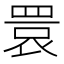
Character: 睘